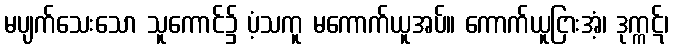
မပျက်သေးသော သူကောင်၌ ပံ့သကူ မကောက်ယူအပ်။ ကောက်ယူငြားအံ့၊ ဒုက္ကဋ်၊